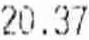
20.37